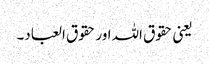
یعنی حقوق اللہ اور حقوق العباد۔